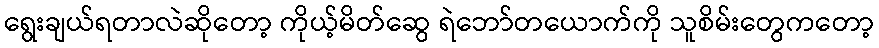
ရွေးချယ်ရတာလဲဆိုတော့ ကိုယ့်မိတ်ဆွေ ရဲဘော်တယောက်ကို သူစိမ်းတွေကတော့